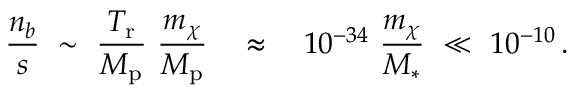
\frac { n _ { b } } { s } ~ \sim ~ \frac { T _ { \mathrm { r } } } { M _ { \mathrm { p } } } ~ \frac { m _ { \chi } } { M _ { \mathrm { p } } } \quad \approx \quad 1 0 ^ { - 3 4 } ~ \frac { m _ { \chi } } { M _ { \ast } } ~ \ll ~ 1 0 ^ { - 1 0 } \, .